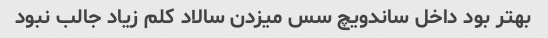
بهتر بود داخل ساندویچ سس میزدن سالاد کلم زیاد جالب نبود